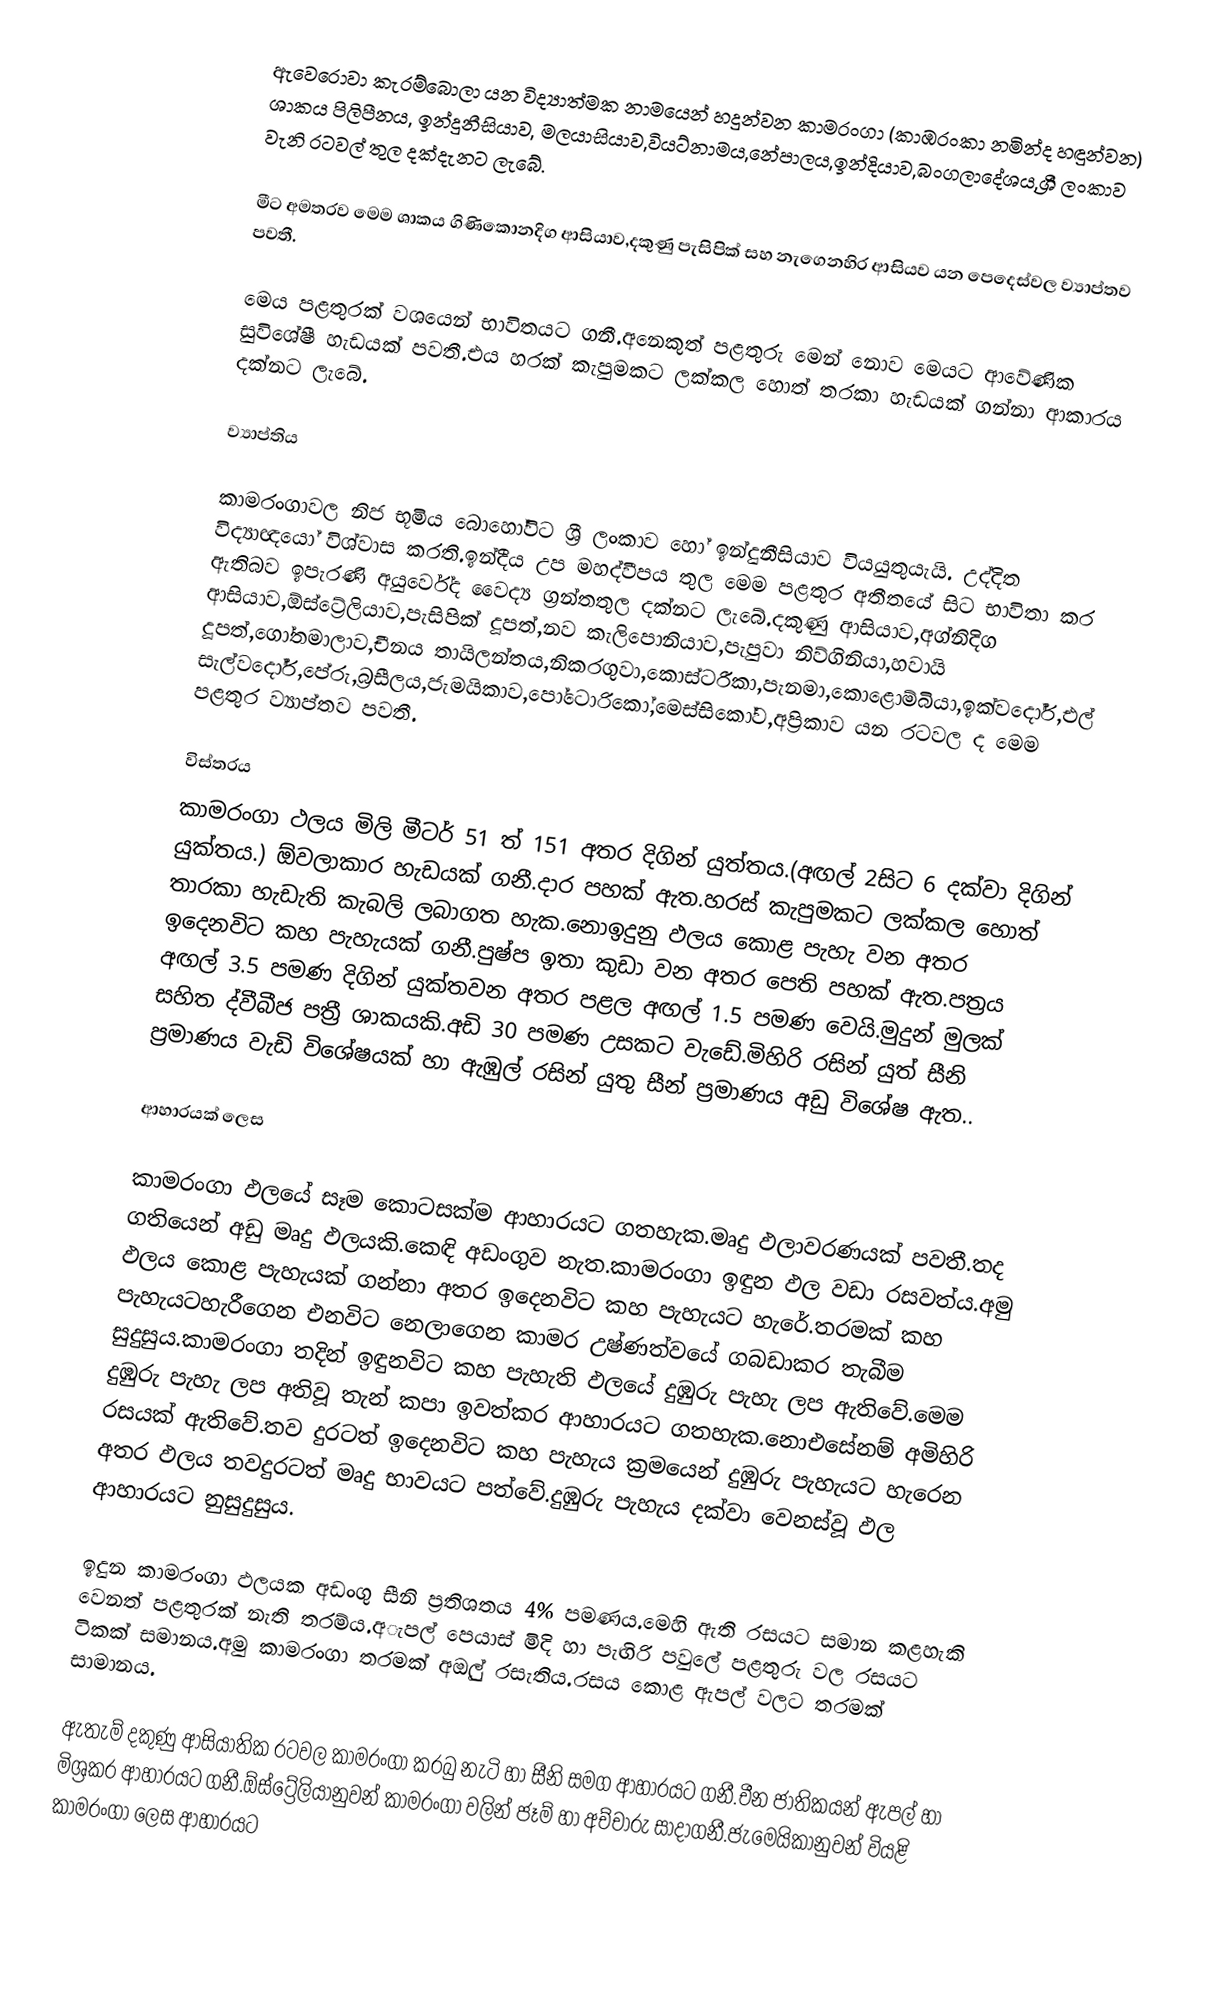
ඇවෙරොවා කැරම්බොලා  යන විද්‍යාත්මක නාමයෙන් හදුන්වන කාමරංගා (කාඹරංකා නමින්ද හඳුන්වන) ශාකය පිලිපීනය, ඉන්දුනීසියාව, මලයාසියාව,වියට්නාමය,නේපාලය,ඉන්දියාව,බංගලාදේශය,ශ්‍රී ලංකාව වැනි රටවල් තුල දක්දැනට ලැබේ.

මීට අමතරව මෙම ශාකය ගිණිකොනදිග ආසියාව,දකුණු පැසිපික් සහ නැගෙනහිර ආසියව යන පෙදෙස්වල ව්‍යාප්තව පවතී.

මෙය පළතුරක් වශයෙන් භාවිතයට ගනී.අනෙකුත් පළතුරු මෙන් නොව මෙයට ආවේණික සුවිශේෂී හැඩයක් පවතී.එය හරක් කැපුමකට ලක්කල හොත් තරකා හැඩයක් ගන්නා ආකාරය දක්නට ලැබේ.

ව්‍යාප්තිය

කාමරංගාවල නිජ භූමිය බොහෝවිට ශ්‍රී ලංකාව හෝ ඉන්දුනීසියාව වියයුතුයැයි. උද්දිත විද්‍යාඥයෝ විශ්වාස කරති.ඉන්දීය උප මහද්වීපය තුල මෙම පළතුර අතීතයේ සිට භාවිතා කර ඇතිබව ඉපැරණි අයුර්වේද වෛද්‍ය ග්‍රන්තතුල දක්නට ලැබේ.දකුණු ආසියාව,අග්නිදිග ආසියාව,ඕස්ට්‍රේලියාව,පැසිපික් දූපත්,නව කැලිපොනියාව,පැපුවා නිව්ගිනියා,හවායි දූපත්,ගෝතමාලාව,චීනය තායිලන්තය,නිකරගුවා,කොස්ටරීකා,පැනමා,කොළොම්බියා,ඉක්වදෝර්,එල් සැල්වදෝර්,පේරු,බ්‍රසීලය,ජැමයිකාව,පෝටොරිකෝ,මෙස්සිකෝව,අප්‍රිකාව යන රටවල ද මෙම පළතුර ව්‍යාප්තව පවතී.

විස්තරය
කාමරංගා ථලය මිලි මීටර් 51 ත් 151 අතර දිගින් යුත්තය.(අඟල් 2සිට 6 දක්වා දිගින් යුක්තය.) ඕවලාකාර හැඩයක් ගනී.දාර පහක් ඇත.හරස් කැපුමකට ලක්කල හොත් තාරකා හැඩැති කැබලි ලබාගත හැක.නොඉදුනු ඵලය කොළ පැහැ වන අතර ඉදෙනවිට කහ පැහැයක් ගනී.පුෂ්ප ඉතා කුඩා වන අතර පෙති පහක් ඇත.පත්‍රය අඟල් 3.5 පමණ දිගින් යුක්තවන අතර පළල අඟල් 1.5 පමණ වෙයි.මුදුන් මුලක් සහිත ද්වීබීජ පත්‍රී ශාකයකි.අඩි 30 පමණ උසකට වැඩේ.මිහිරි රසින් යුත් සීනි ප්‍රමාණය වැඩි විශේෂයක් හා ඇඹුල් රසින් යුතු සීන් ප්‍රමාණය අඩු විශේෂ ඇත..

ආහාරයක් ලෙස

කාමරංගා ඵලයේ සෑම කොටසක්ම ආහාරයට ගතහැක.මෘදු ඵලාවරණයක් පවතී.තද ගතියෙන් අඩු මෘදු ඵලයකි.කෙඳි අඩංගුව නැත.කාමරංගා ඉඳුන ඵල වඩා රසවත්ය.අමු ඵලය කොළ පැහැයක් ගන්නා අතර ඉදෙනවිට කහ පැහැයට හැරේ.තරමක් කහ පැහැයටහැරීගෙන එනවිට නෙලාගෙන කාමර උෂ්ණත්වයේ ගබඩාකර තැබීම සුදුසුය.කාමරංගා තදින් ඉඳුනවිට කහ පැහැති ඵලයේ දුඹුරු පැහැ ලප ඇතිවේ.මෙම දුඹුරු පැහැ ලප අතිවූ තැන් කපා ඉවත්කර ආහාරයට ගතහැක.නොඑසේනම් අමිහිරි රසයක් ඇතිවේ.තව දුරටත් ඉදෙනවිට කහ පැහැය ක්‍රමයෙන් දුඹුරු පැහැයට හැරෙන අතර ඵලය තවදුරටත් මෘදු භාවයට පත්වේ.දුඹුරු පැහැය දක්වා වෙනස්වූ ඵල ආහාරයට නුසුදුසුය.

ඉදුන කාමරංගා ඵලයක අඩංගු සීනි ප්‍රතිශතය 4% පමණය.මෙහි ඇති රසයට සමාන කළහැකි වෙනත් පළතුරක් නැති තරම්ය.අැපල් පෙයාස් මිදි හා පැඟිරි පවුලේ පළතුරු වල රසයට ටිකක් සමානය.අමු කාමරංගා තරමක් අඔුල් රසැතිය.රසය කොළ ඇපල් වලට තරමක් සාමානය.

ඇතැම් දකුණු ආසියාතික රටවල කාමරංගා කරබු නැටි හා සීනි සමග ආහාරයට ගනී.චීන ජාතිකයන් ඇපල් හා මිශ්‍රකර ආහාරයට ගනී.ඕස්ට්‍රේලියානුවන් කාමරංගා වලින් ජෑම් හා අච්චාරු සාදාගනී.ජැමෙයිකානුවන් වියළි කාමරංගා ලෙස ආහාරයට